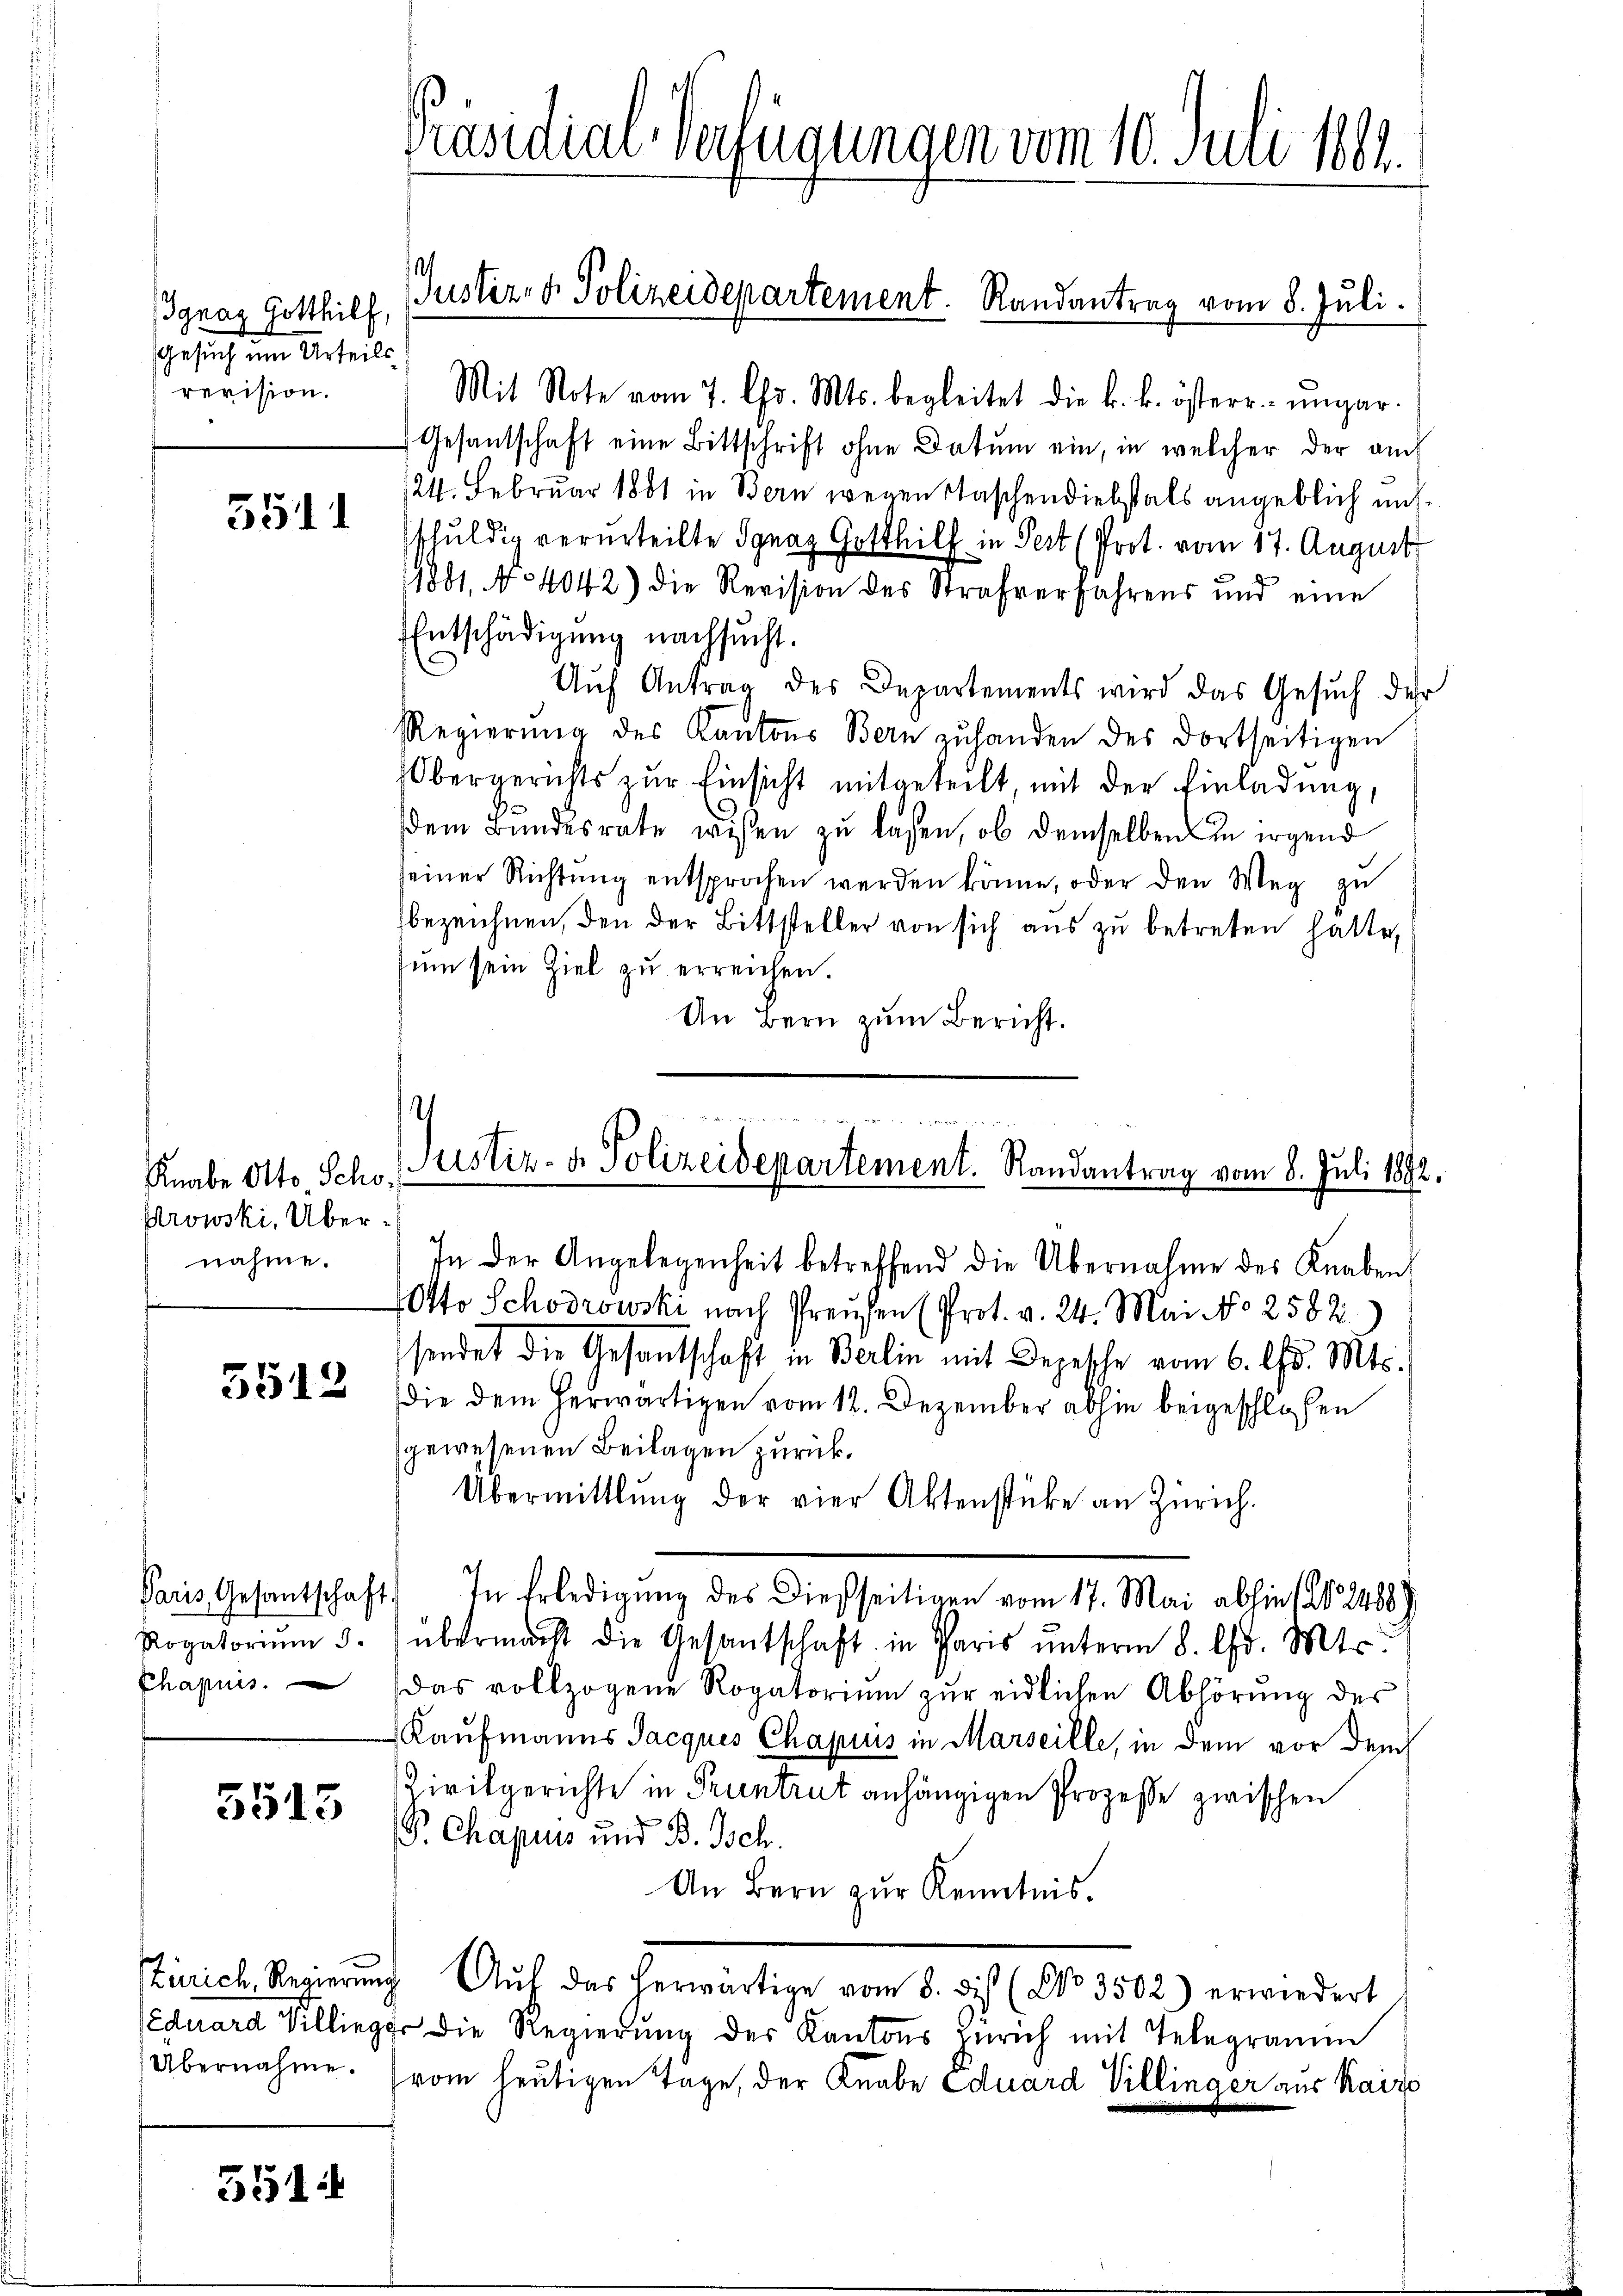
Ignaz Gotthilf,
Gesuch um Urteils
revision.

5511

Prowski, Übernahme.

5512

Rogatorium d.
Chapuis.

5515

Übernahme.

551

Präsidial-Verfügungen vom 10. Juli 1864.

1
Justiz- & Polizeidepartement. Randantrag vom 8. Juli.

Mit Note vom 7. Chr. Mts. begleitet die k. k. österr. ungar-
Gesandschaft eine Bittschrift ohne Datum ein, in welcher der auch
24. Februar 1881 in Bern wegen Maschendiebstals angeblich und
schuldig verurteilte Ignaz Gotthilf in Pert (Prot. vom 17. August
1881, No 4042) die Revision des Strafverfahrens und eine
Entschädigung nachsucht.
.
Auf Antrag des Departements wird das Gesuch der
Regierŭng des Kantons Bern zŭ handen des dortseitigen
Obergerichts zŭr Einsicht mitgeteilt, mit der Einladung,
ddem Bundesrate wesen zu lassen, ob demselben in irgend
seiner Richtŭng entsprochen werden könne, oder den Weg zu
bezeichnen, den der Bittsteller von sich aus zu betreten hatte,
zŭm sein Ziel zu erreichen.
An Bern zum Bericht.

I

Knabe Otto Scho Justiz- & Polizeidepartement. Randantrag vom 8. Juli 1892.

In der Angelegenheit betreffend die Übernahme des Knaben
Otto Schodrowski nach Preusen (Prot. v. 24. Mai No 2582
sendet die Gesandtschaft in Berlin mit Depesche vom 6. ds. Mts.
die dem herwärtigen vom 12. Dezember abhin beigeschlossen
gewesenen Beilagen zurück.
Übermittlung der vier Aktenstücke an Zürich.
Paris Gesantschaft) In Erledigŭng des dießseitigen vom 17. Mai abhin (S. 2488)
übermacht die Gesantschaft in Paris unterm 8. Chr. Mts.
Das vollzogene Rogatorium zur eidlichen Abhörung des
Kaufmanns Jacques Chapuis in Marseille, in dem vor dem
Zivilgerichte in Pruntrut anhängigen Prozesse zwischen
P. Chapuss und B. Isch.
An Bern zur Kenntnis.
Zürich, Regierung Auf das herwärtige vom 8. dis (Co 3502) erwiedert
Eduard Sillig die Regierung des Kantons Zürich mit Telegramm
(vom heutigen Tage, der Knabe Eduard Villinger aus Kairo